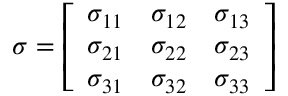
{ \boldsymbol { \sigma } } = \left[ { \begin{array} { l l l } { \sigma _ { 1 1 } } & { \sigma _ { 1 2 } } & { \sigma _ { 1 3 } } \\ { \sigma _ { 2 1 } } & { \sigma _ { 2 2 } } & { \sigma _ { 2 3 } } \\ { \sigma _ { 3 1 } } & { \sigma _ { 3 2 } } & { \sigma _ { 3 3 } } \end{array} } \right]